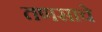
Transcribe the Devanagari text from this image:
तणसाचे